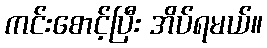
ကင်းစောင့်ပြီး အိပ်ရမယ်။